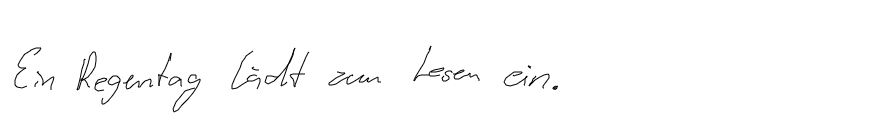
Ein Regentag lädt zum Lesen ein.